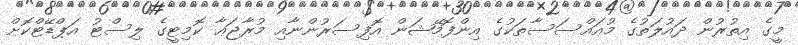
މީގެ އިތުރުން ދައުލަތުގެ މުއައްސަސާތަކުގެ އިންފޮމޭޝަން އޮފިސަރުންނާއި މުރާޖަޢާ ކޮމިޓީގެ ލިސްޓު އަޕްޑޭޓްކޮށް